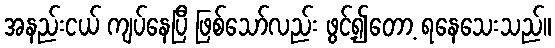
အနည်းငယ် ကျပ်နေပြီ ဖြစ်သော်လည်း ဖွင့်၍တော့ ရနေသေးသည်။